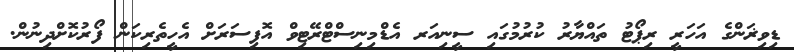
ޑިވިޜަންގެ އަހަރީ ރިޕޯޓު ތައްޔާރު ކުރުމުގައި ސީނިއަރ އެޑްމިނިސްޓްރޭޓިވް އޮފިސަރަށް އެހީތެރިކަން ފޯރުކޮށްދިނުން.